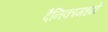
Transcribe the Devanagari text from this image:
दैनिकामध्ये